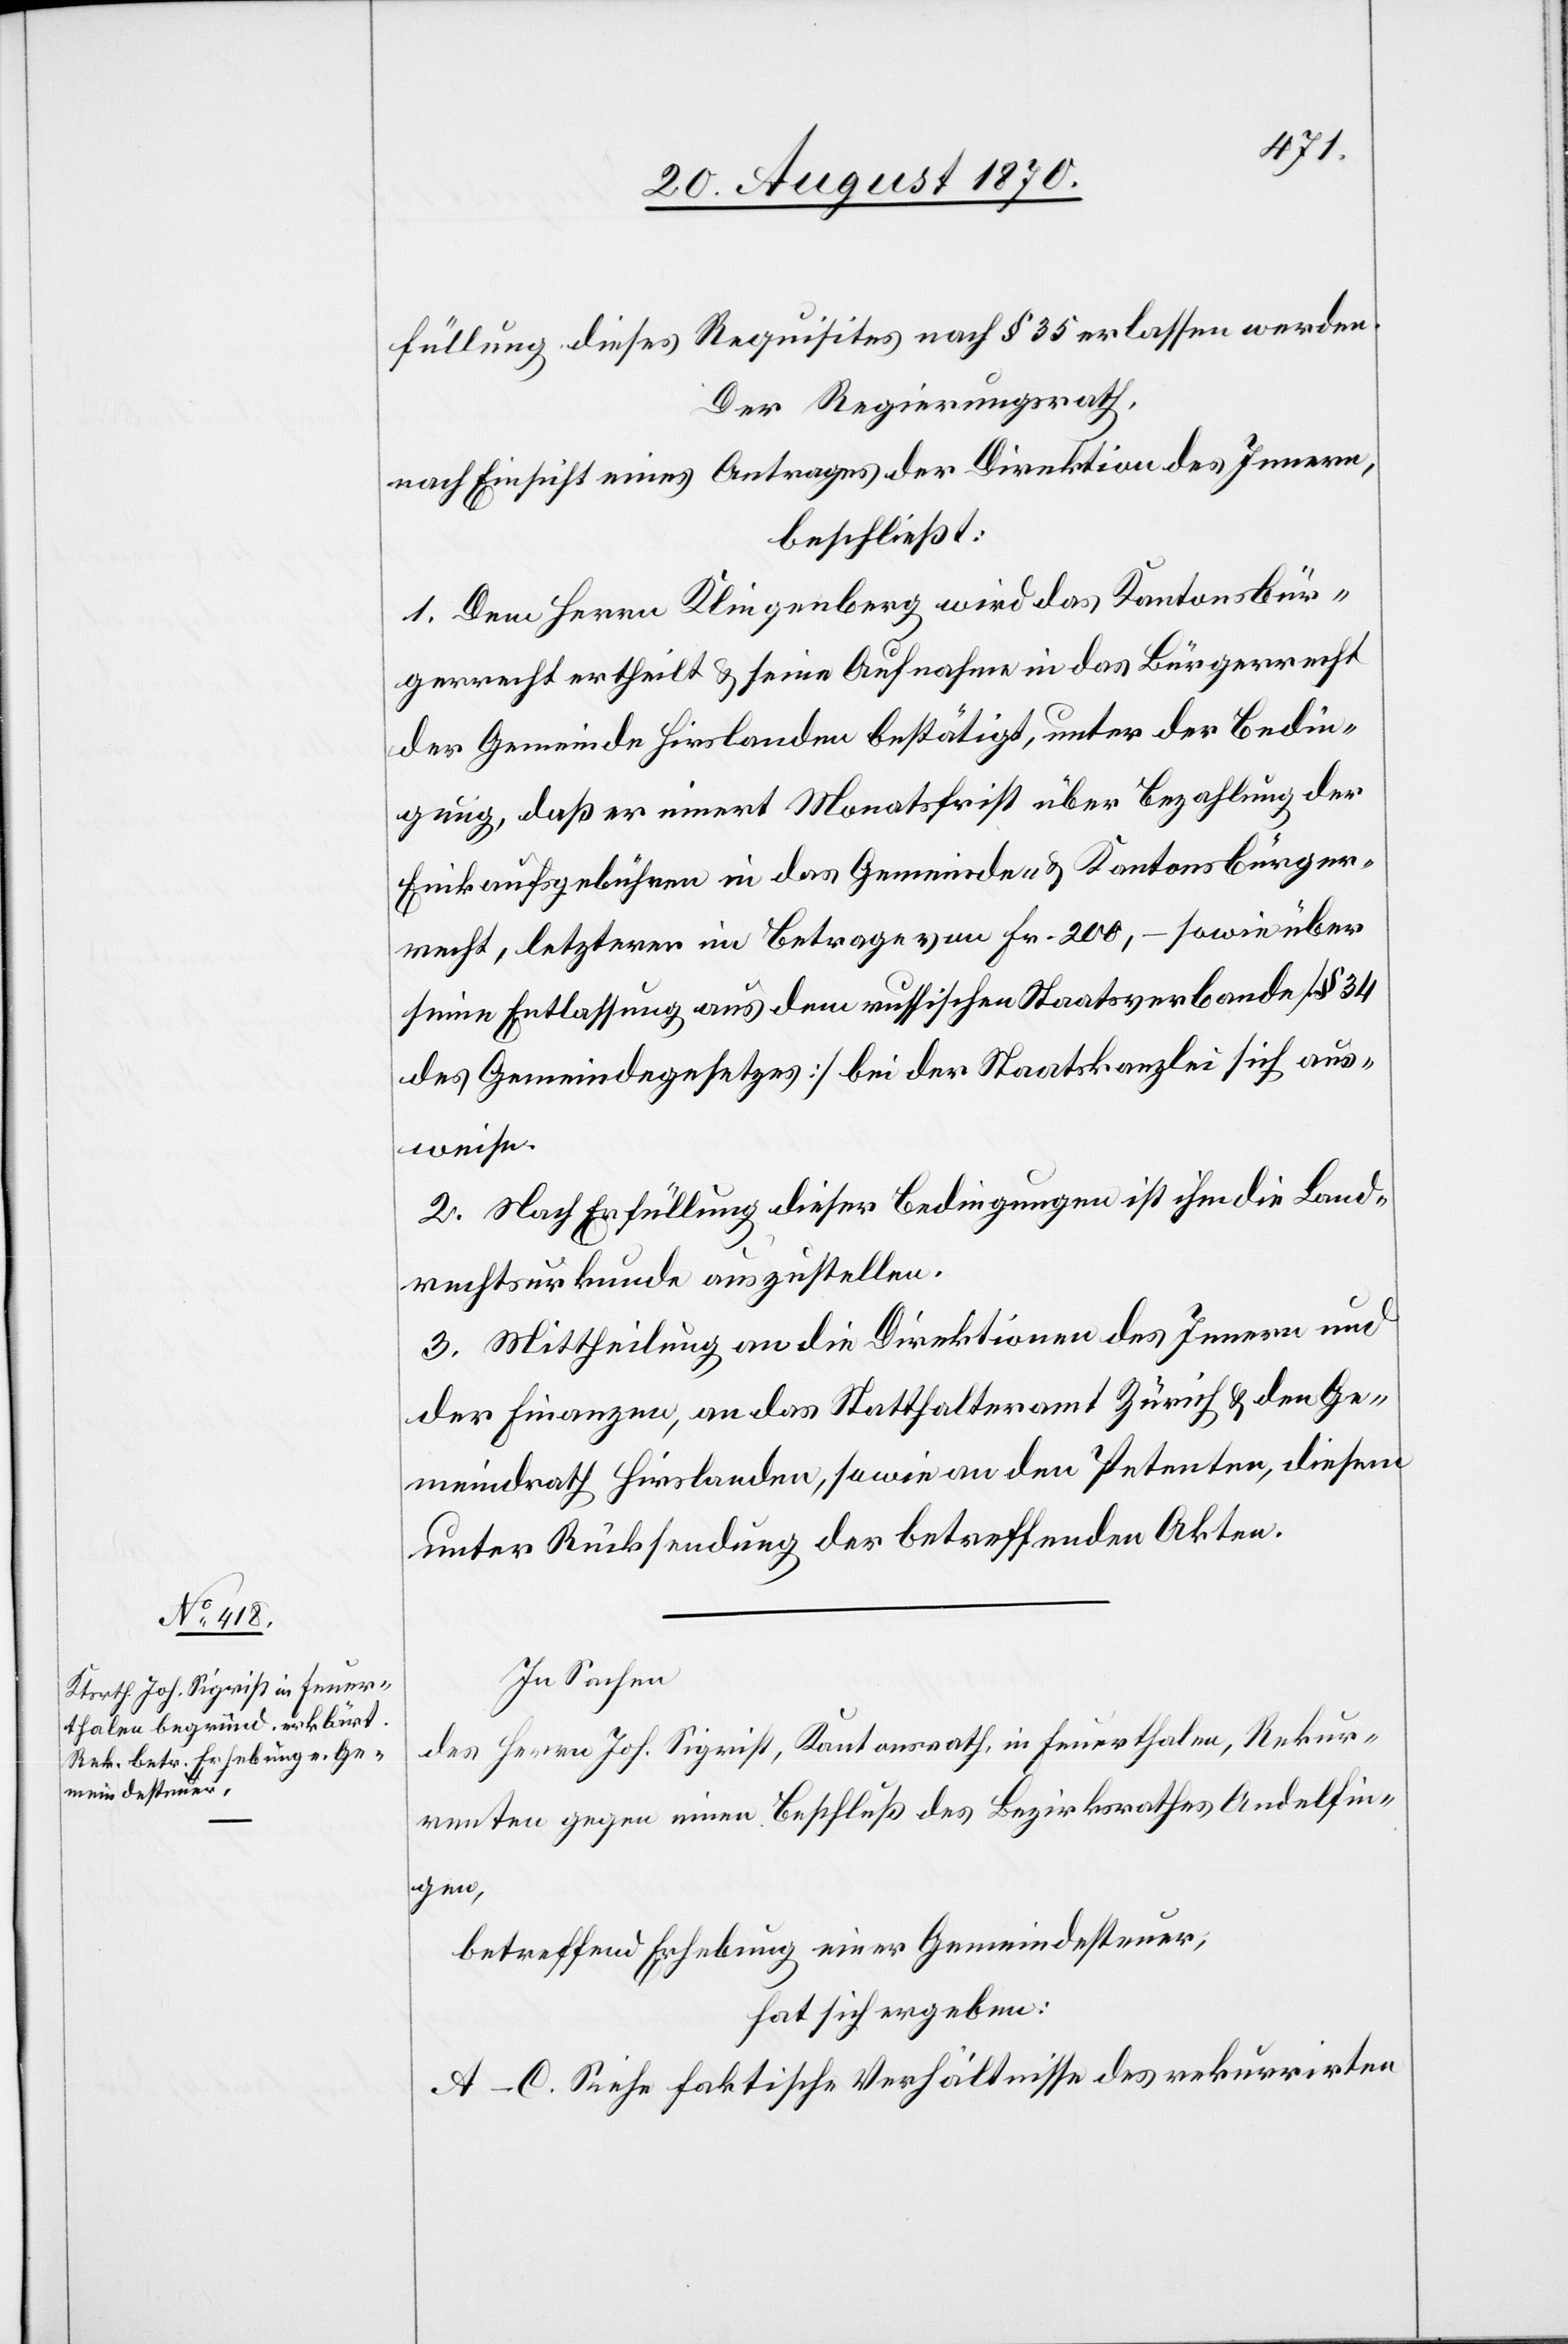
füllung dieses Requisites nach § 35 erlassen werden.
Der Regierungsrath,
nach Einsicht eines Antrages der Direktion des Innern,
beschließt:
1. Dem Herrn Klingenberg wird das Kantonsbür¬
gerrecht ertheilt & seine Aufnahme in das Bürgerrecht
der Gemeinde Hirslanden bestätigt, unter der Bedin¬
gung, daß er innert Monatsfrist über Bezahlung der
Einkaufsgebühren in das Gemeinde- & Kantonsbürger¬
recht, letzterer im Betrage von Fr. 200, – sowie über
seine Entlassung aus dem russischen Staatsverbande [§ 34
des Gemeindegesetzes] bei der Staatskanzlei sich aus¬
weise.
2. Nach Erfüllung dieser Bedingungen ist ihm die Land¬
rechtsurkunde auszustellen.
3. Mittheilung an die Direktionen des Innern und
der Finanzen, an das Statthalteramt Zürich & den Ge¬
meindrath Hirslanden, sowie an den Petenten, diesem
unter Rücksendung der betreffenden Akten.
In Sachen
des Herrn Joh. Sigrist, Kantonsrath, in Feuerthalen, Rekur¬
renten gegen einen Beschluß des Bezirksrathes Andelfin¬
gen,
betreffend Erhebung einer Gemeindesteuer,
hat sich ergeben:
A–C. Siehe faktische Verhältnisse des rekurrirten